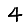
Digit: 4